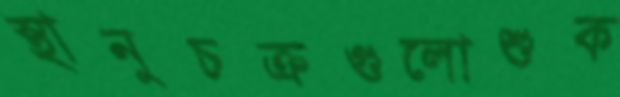
স্থানুচক্রগুলোশুক